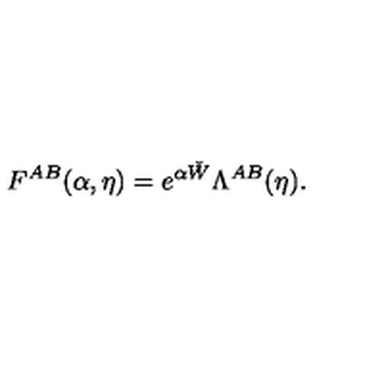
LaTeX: F ^ { A B } ( \alpha , \eta ) = e ^ { \alpha \check { W } } \Lambda ^ { A B } ( \eta ) .